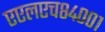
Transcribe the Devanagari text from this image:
एएलएच८४००१